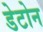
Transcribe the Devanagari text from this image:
डेटोन